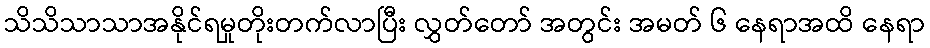
သိသိသာသာအနိုင်ရမှုတိုးတက်လာပြီး လွှတ်တော် အတွင်း အမတ် ၆ နေရာအထိ နေရာ